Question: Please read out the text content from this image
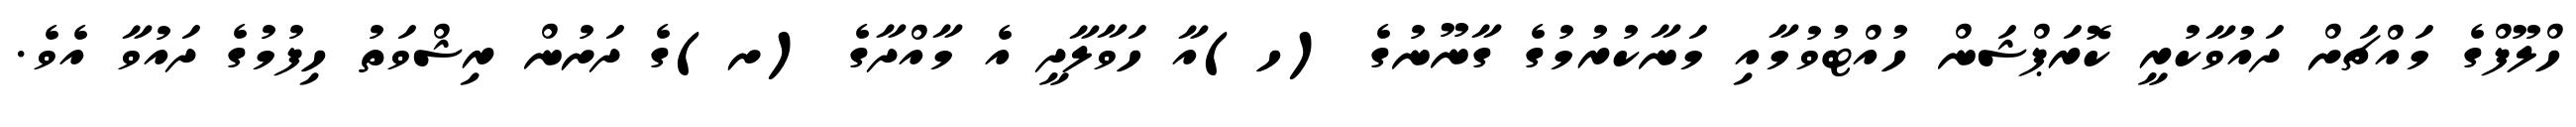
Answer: ހްލޫފްގެ މައްޗަށް ދައުވާކުރީ ކޮރަޕްޝަން ހުއްޓުވުމާއި މަނާކުރުމުގެ ގާނޫނުގެ (ހ)އާ ހަވާލާދީ އެ މާއްދާގެ (ށ)ގެ ދަށުން ރިޝްވަތު ހިފުމުގެ ދައުވާ އެވެ.